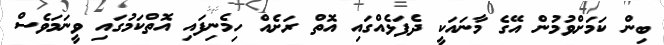
ބިން ކަމަށްވުމުން އޭގެެ މާނައަކީ ދެފަޅެއްގައި އޮތް ރަށެއް ހިމެނިފައި އޮތްކަމުގައި ވީނަމަވެސްް